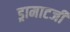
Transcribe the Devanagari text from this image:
ड्रामाटर्जी